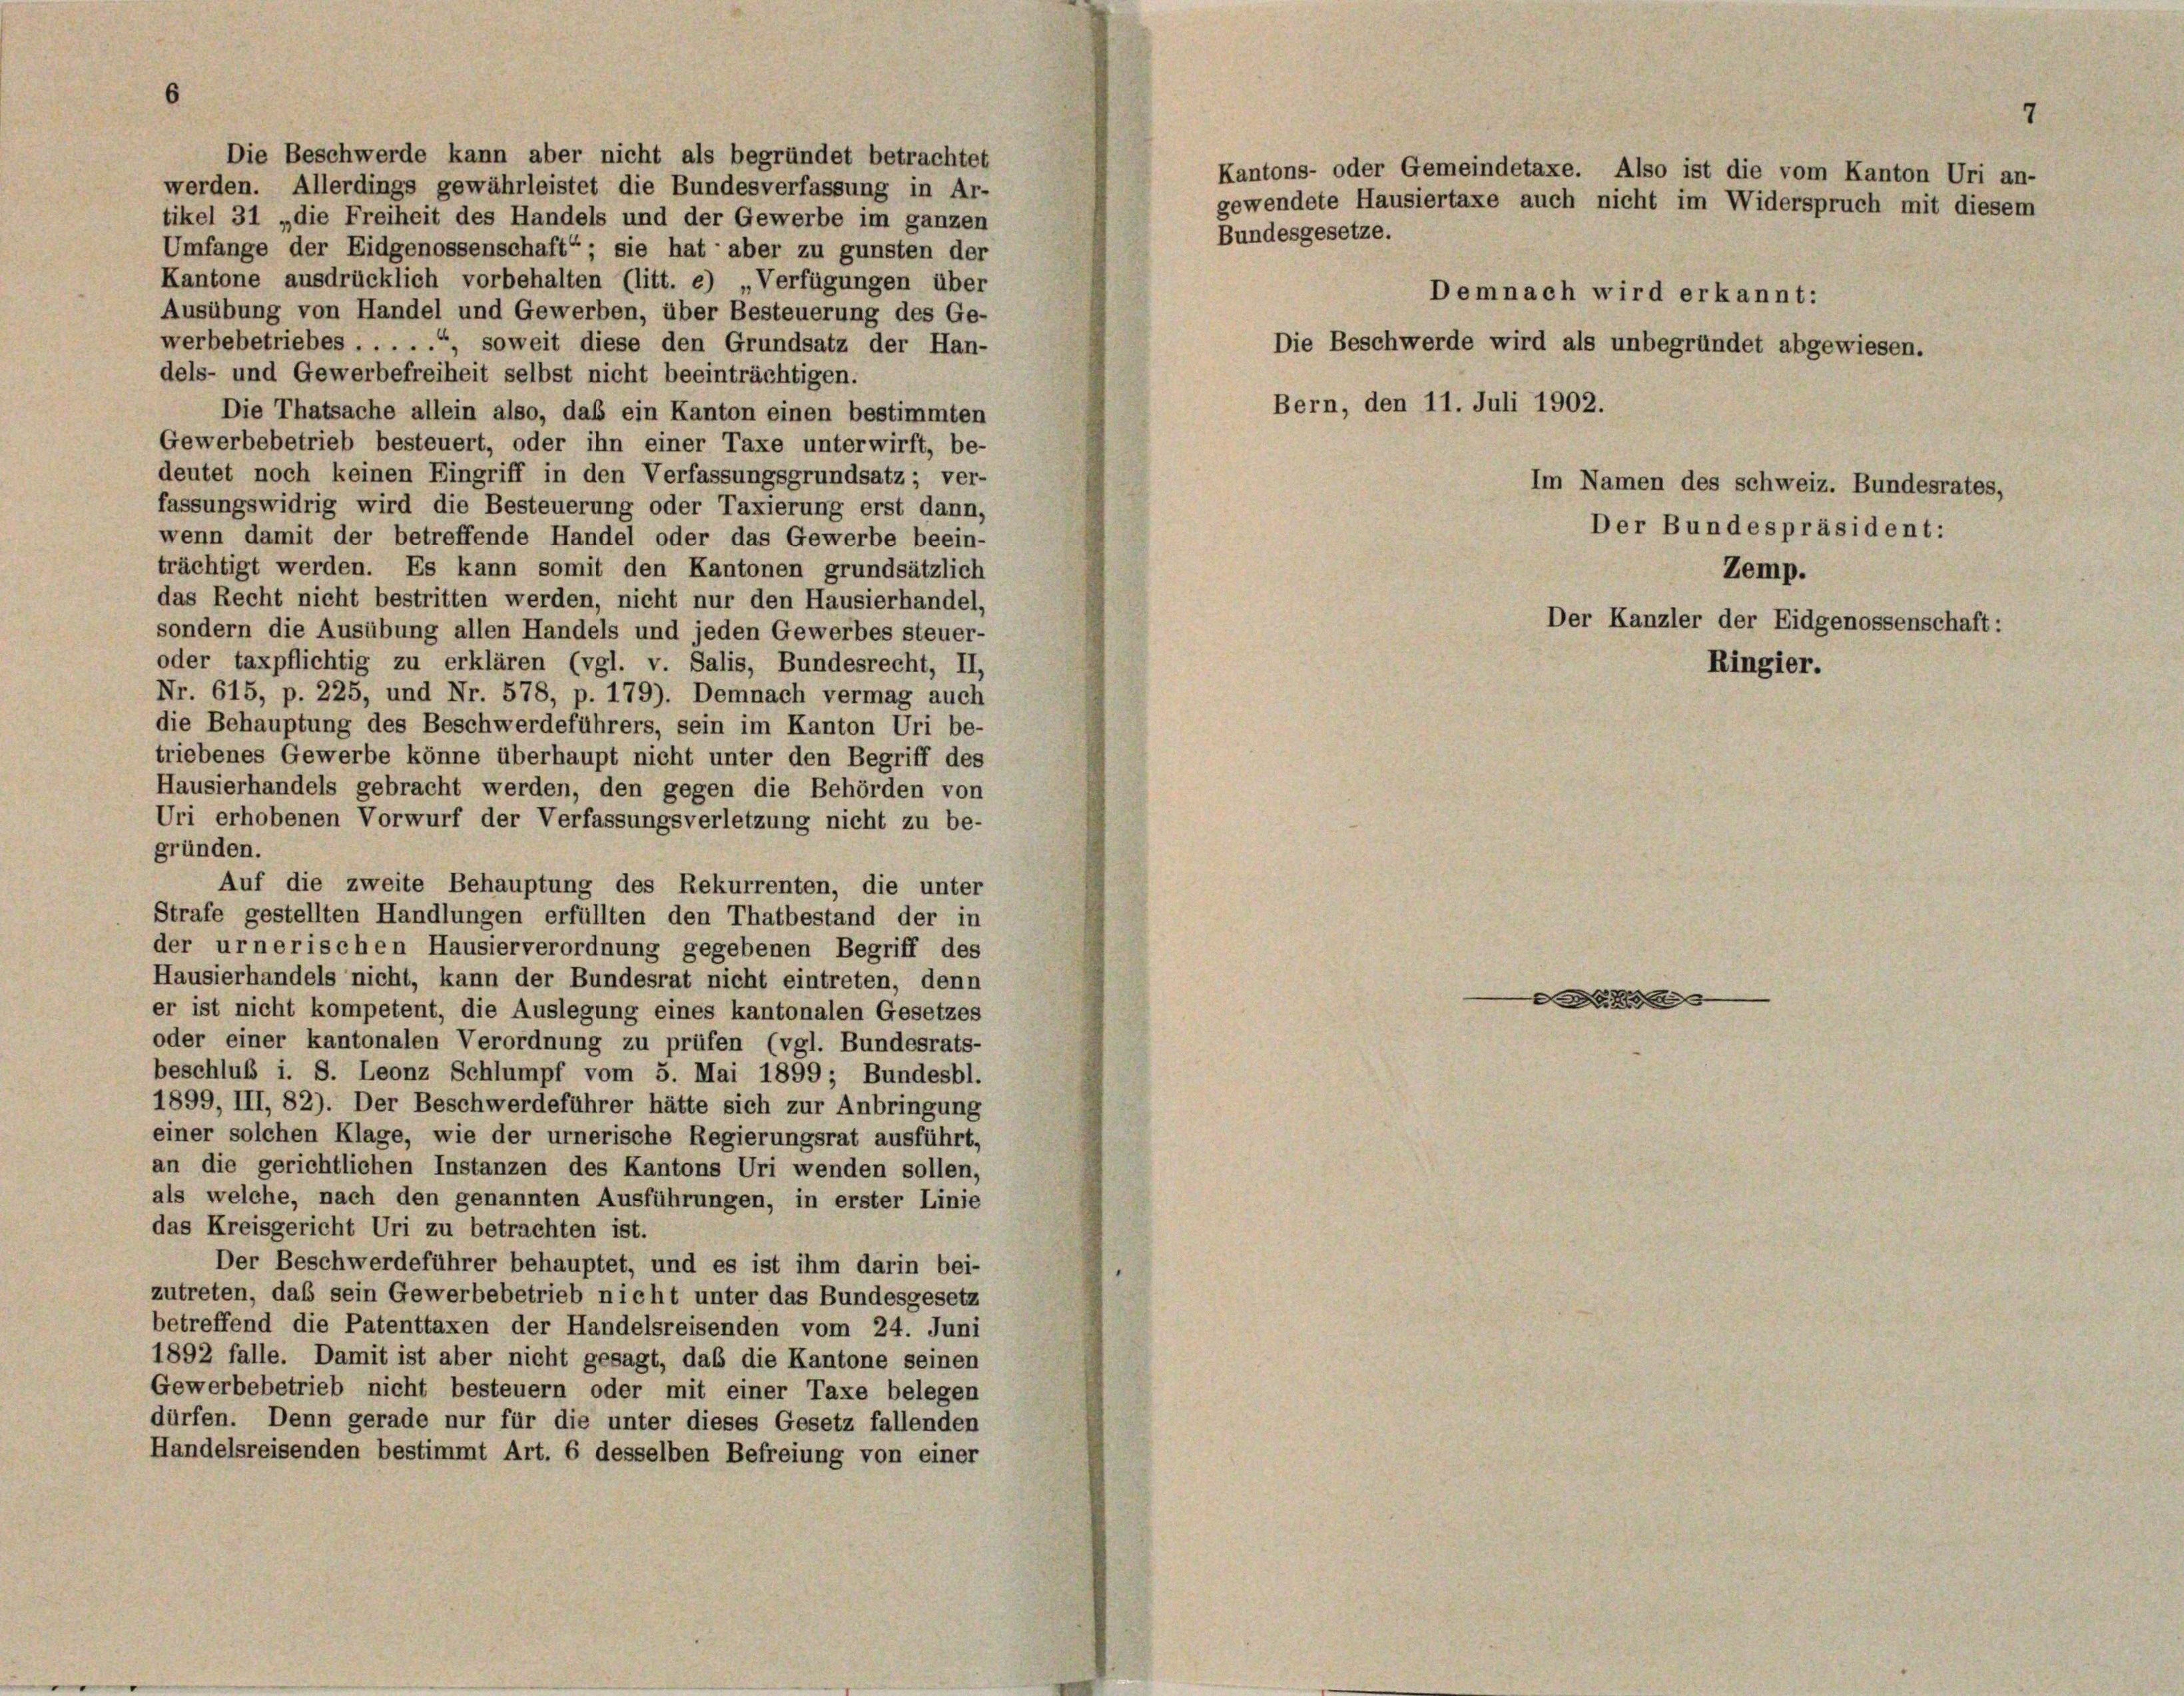
6

Die Beschwerde kann aber nicht als begründet betrachtet
werden. Allerdings gewährleistet die Bundesverfassung in Ar-
tikel 31 „die Freiheit des Handels und der Gewerbe im ganzen
Umfange der Eidgenossenschaft“ ; sie hat aber zu gunsten der
Kantone ausdrücklich vorbehalten (litt. e) „Verfügungen über
Ausübung von Handel und Gewerben, über Besteuerung des Ge-
werbebetriebes . . . . .“, soweit diese den Grundsatz der Han-
dels- und Gewerbefreiheit selbst nicht beeinträchtigen.
Die Thatsache allein also, daß ein Kanton einen bestimmten
Gewerbebetrieb besteuert, oder ihn einer Taxe unterwirft, be-
deutet noch keinen Eingriff in den Verfassungsgrundsatz; ver-
fassungswidrig wird die Besteuerung oder Taxierung erst dann,
wenn damit der betreffende Handel oder das Gewerbe beein-
trächtigt werden. Es kann somit den Kantonen grundsätzlich
das Recht nicht bestritten werden, nicht nur den Hausierhandel,
sondern die Ausübung allen Handels und jeden Gewerbes steuer-
oder taxpflichtig zu erklären (vgl. v. Salis, Bundesrecht, II,
Nr. 615, p. 225, und Nr. 578, p. 179). Demnach vermag auch
die Behauptung des Beschwerdeführers, sein im Kanton Uri be-
triebenes Gewerbe könne überhaupt nicht unter den Begriff des
Hausierhandels gebracht werden, den gegen die Behörden von
Uri erhobenen Vorwurf der Verfassungsverletzung nicht zu be-
gründen.
Auf die zweite Behauptung des Rekurrenten, die unter
Strafe gestellten Handlungen erfüllten den Thatbestand der in
der urnerischen Hausierverordnung gegebenen Begriff des
Hausierhandels nicht, kann der Bundesrat nicht eintreten, denn
er ist nicht kompetent, die Auslegung eines kantonalen Gesetzes
oder einer kantonalen Verordnung zu prüfen (vgl. Bundesrats-
beschluß i. S. Leonz Schlumpf vom 5. Mai 1899; Bundesbl.
1899, III, 82). Der Beschwerdeführer hätte sich zur Anbringung
einer solchen Klage, wie der urnerische Regierungsrat ausführt,
an die gerichtlichen Instanzen des Kantons Uri wenden sollen,
als welche, nach den genannten Ausführungen, in erster Linie
das Kreisgericht Uri zu betrachten ist.
Der Beschwerdeführer behauptet, und es ist ihm darin bei-
zutreten, daß sein Gewerbebetrieb nicht unter das Bundesgesetz
betreffend die Patenttaxen der Handelsreisenden vom 24. Juni
1892 falle. Damit ist aber nicht gesagt, das die Kantone seinen
Gewerbebetrieb nicht besteuern oder mit einer Taxe belegen
dürfen. Denn gerade nur für die unter dieses Gesetz fallenden
Handelsreisenden bestimmt Art. 6 desselben Befreiung von einer

Bundesgesetze.

Kantons- oder Gemeindetaxe. Also ist die vom Kanton Uri an-
Demnach wird erkannt:
Die Beschwerde wird als unbegründet abgewiesen.
Bern, den 11. Juli 1902.
Im Namen des schweiz. Bundesrates,
Der Bundespräsident:
Zemp.
Der Kanzler der Eidgenossenschaft:
Ringier.

gewendete Hausiertaxe auch nicht im Widerspruch mit diesem